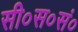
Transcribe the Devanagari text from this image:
सी०स०सं०